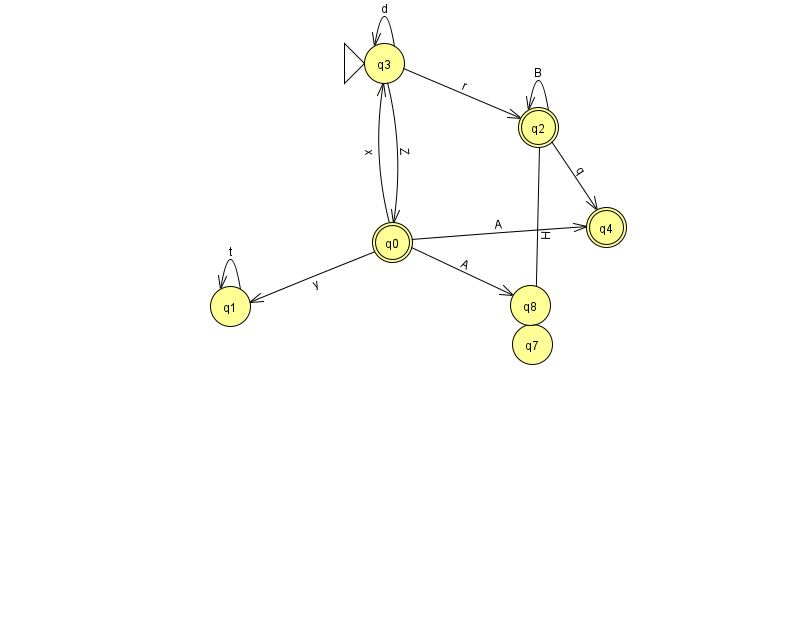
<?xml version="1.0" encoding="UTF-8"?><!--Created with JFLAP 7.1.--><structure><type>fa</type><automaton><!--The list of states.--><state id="0" name="q0"><x>392.0</x><y>229.0</y><final/></state><state id="1" name="q1"><x>230.0</x><y>293.0</y></state><state id="2" name="q2"><x>538.0</x><y>114.0</y><final/></state><state id="3" name="q3"><x>384.0</x><y>50.0</y><initial/></state><state id="4" name="q4"><x>606.0</x><y>214.0</y><final/></state><state id="7" name="q7"><x>532.0</x><y>331.0</y></state><state id="8" name="q8"><x>530.0</x><y>292.0</y></state><!--The list of transitions.--><transition><from>2</from><to>7</to><read>H</read></transition><transition><from>2</from><to>2</to><read>B</read></transition><transition><from>3</from><to>2</to><read>r</read></transition><transition><from>1</from><to>1</to><read>t</read></transition><transition><from>3</from><to>3</to><read>d</read></transition><transition><from>0</from><to>1</to><read>y</read></transition><transition><from>2</from><to>4</to><read>q</read></transition><transition><from>0</from><to>4</to><read>A</read></transition><transition><from>3</from><to>0</to><read>Z</read></transition><transition><from>0</from><to>8</to><read>A</read></transition><transition><from>0</from><to>3</to><read>x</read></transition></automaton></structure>